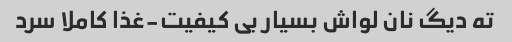
ته دیگ نان لواش بسیار بی کیفیت-غذا کاملا سرد